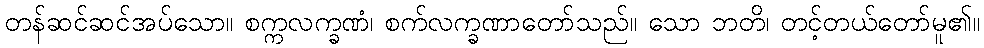
တန်ဆင်ဆင်အပ်သော။ စက္ကလက္ခဏံ၊ စက်လက္ခဏာတော်သည်။ သော ဘတိ၊ တင့်တယ်တော်မူ၏။